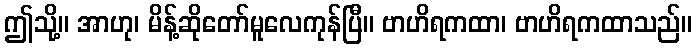
ဤသို့။ အာဟု၊ မိန့်ဆိုတော်မူလေကုန်ပြီ။ ဗာဟိရကထာ၊ ဗာဟိရကထာသည်။